Rangoon Lunatic Asylum 1878-1892 - 1878-1892
Year: 1878
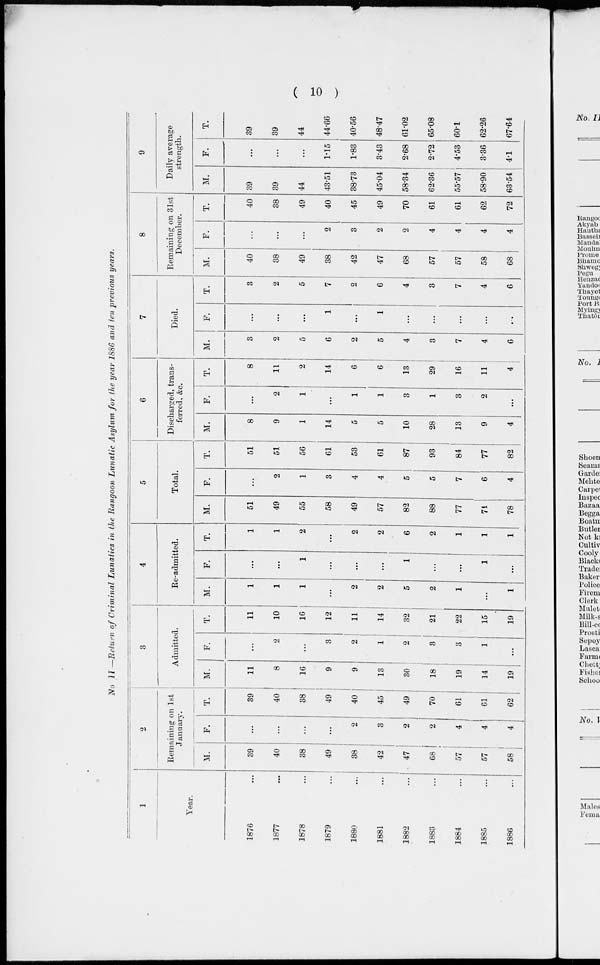
( 10 )
No II —Return of Criminal Lunatics in the Rangoon Lunatic Asylum for the year 1886 and ten previous years.
1
Year.
1876 ...
1877 ...
1878 ...
1879 ...
1880 ...
1881
...
1882 ...
1883 ...
1884 ...
1885 ...
1886 ...
2
Remaining on 1st
January.
M.
39
40
38
49
38
42
47
68
57
57
58
F.
...
...
...
...
2
3
2
2
4
4
4
T.
39
40
38
49
40
45
49
70
61
61
62
3
Admitted.
M.
11
8
16
9
9
13
30
18
19
14
19
F.
...
2
...
3
2
1
2
3
3
1
...
T.
11
10
16
12
11
14
32
21
22
15
19
4
Re-admitted.
M.
1
1
1
...
2
2
5
2
1
...
1
F.
...
...
1
...
...
...
1
...
...
1
...
T.
1
1
2
...
2
2
6
2
1
1
1
5
Total.
M.
51
49
55
58
49
57
82
88
77
71
78
F.
...
2
1
3
4
4
5
5
7
6
4
T.
51
51
56
61
53
61
87
93
84
77
82
6
Discharged, trans-
ferred, &c.
M.
8
9
1
14
5
5
10
28
13
9
4
F.
...
2
1
...
1
1
3
1
3
2
...
T.
8
11
2
14
6
6
13
29
16
11
4
7
Died.
M.
3
2
5
6
2
5
4
3
7
4
6
F.
...
...
...
1
...
1
...
...
...
...
...
T.
3
2
5
7
2
6
4
3
7
4
6
8
Remaining on 31st
December.
M.
40
38
49
38
42
47
68
57
57
58
68
F.
...
...
...
2
3
2
2
4
4
4
4
T.
40
38
49
40
45
49
70
61
61
62
72
9
Daily average
strength.
M.
39
39
44
43.51
38.73
45.04
58.34
62.36
55.57
58.90
63.54
F.
...
...
...
1.15
1.83
3.43
2.68
2.72
4.53
3.36
4.1
T.
39
39
44
44.66
40.56
48.47
61.02
65.08
60.1
62.26
67.64